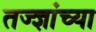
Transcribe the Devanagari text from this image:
तज्ज्ञांच्‍या